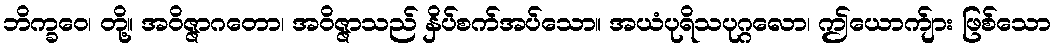
ဘိက္ခဝေ၊ တို့။ အဝိဇ္ဇာဂတော၊ အဝိဇ္ဇာသည် နှိပ်စက်အပ်သော။ အယံပုရိသပုဂ္ဂလော၊ ဤယောက်ျား ဖြစ်သော